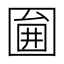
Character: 𡈇